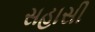
સહાસી